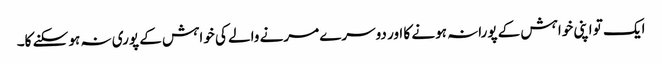
ایک تو اپنی خواہش کے پورانہ ہونے کا اور دوسرے مرنے والے کی خواہش کے پوری نہ ہو سکنے کا۔